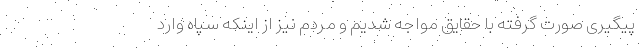
پیگیری صورت گرفته با حقایق مواجه شدیم و مردم نیز از اینکه سپاه وارد